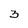
Character: 3